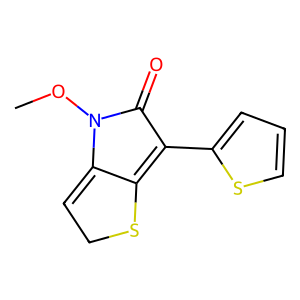
SMILES: CON1C(=O)C(c2cccs2)=C2SCC=C21
Inhibits HIV replication: No